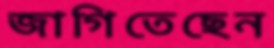
জাগিতেছেন